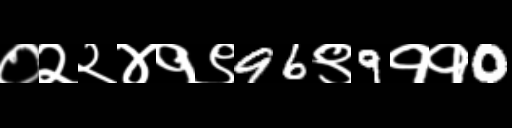
Text: ०२२४१९96९9११0